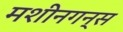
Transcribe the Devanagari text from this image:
मशीनगन्स